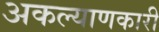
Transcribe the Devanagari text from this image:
अकल्याणकारी